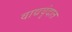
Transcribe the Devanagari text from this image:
वाद्यवृंदात